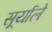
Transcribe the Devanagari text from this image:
सूर्याले